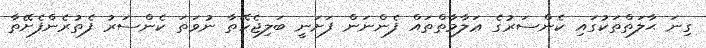
ގިނަ ޙާލަތްތަކުގައި ކެންސަރުގެ ޢަލާމާތްތައް ފެންނަން ފަށަނީ ބަލިޖެހޭތާ ނުވަތަ ކެންސަރު ފެތުރެންފެށޭތާ